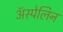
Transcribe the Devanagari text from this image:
ॲस्पेलिन